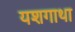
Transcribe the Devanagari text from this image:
यशगाथा